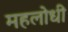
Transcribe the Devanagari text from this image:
महलोधी